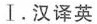
Ⅰ. 汉译英